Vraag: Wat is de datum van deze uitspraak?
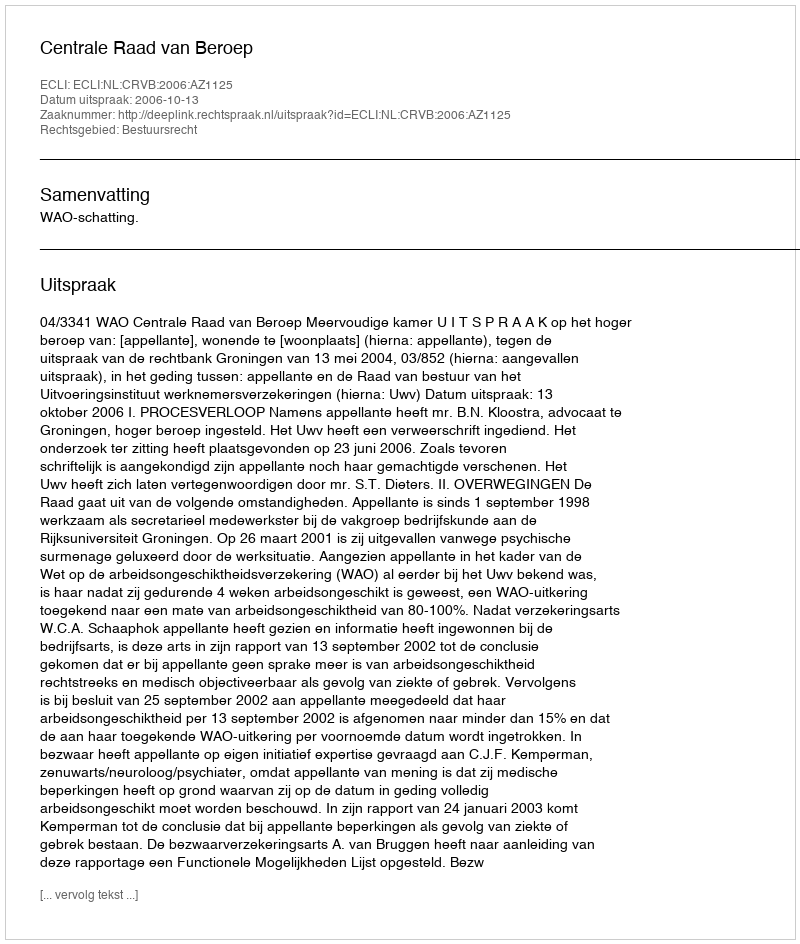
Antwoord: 2006-10-13